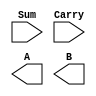
module Half_adder(input Sum, Carry,
                  output A, B);
                
assign Sum = A ^ B;
assign Carry = A & B;

endmodule